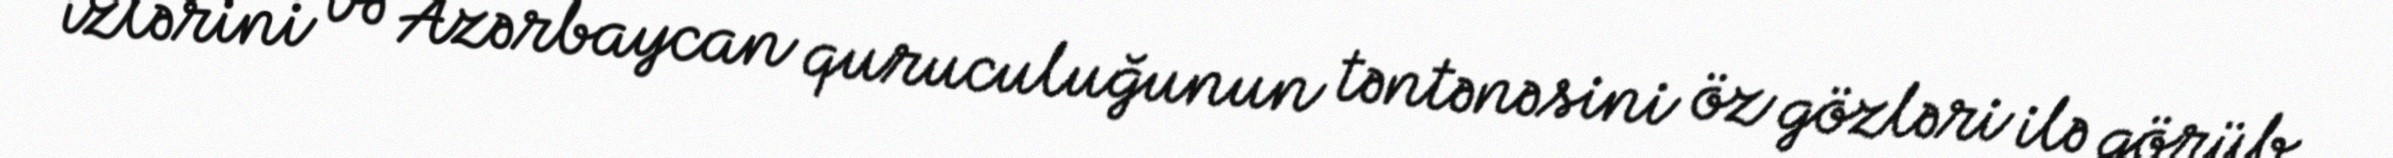
izlərini və Azərbaycan quruculuğunun təntənəsini öz gözləri ilə görüb.